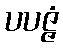
ပပဇ္ဇံ